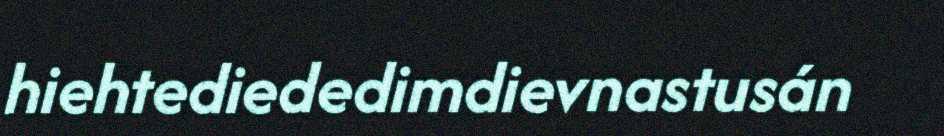
hiehtediededimdievnastusán